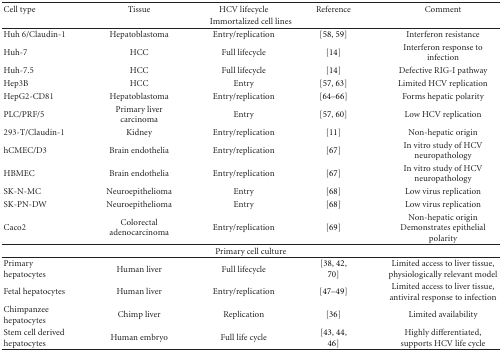
| Cell type | Tissue | HCV lifecycle | Reference | Comment |
 | <COLSPAN=5> Immortalized cell lines |
 | --- | --- | --- | --- | --- |
 | Huh 6/Claudin-1 | Hepatoblastoma | Entry/replication | [58, 59] | Interferon resistance |
 | Huh-7 | HCC | Full lifecycle | [14] | Interferon response to infection |
 | Huh-7.5 | HCC | Full lifecycle | [14] | Defective RIG-I pathway |
 | Hep3B | HCC | Entry | [57, 63] | Limited HCV replication |
 | HepG2-CD81 | Hepatoblastoma | Entry/replication | [64–66] | Forms hepatic polarity |
 | PLC/PRF/5 | Primary liver carcinoma | Entry | [57, 60] | Low HCV replication |
 | 293-T/Claudin-1 | Kidney | Entry/replication | [11] | Non-hepatic origin |
 | hCMEC/D3 | Brain endothelia | Entry/replication | [67] | In vitro study of HCV neuropathology |
 | HBMEC | Brain endothelia | Entry/replication | [67] | In vitro study of HCV neuropathology |
 | SK-N-MC | Neuroepithelioma | Entry | [68] | Low virus replication |
 | SK-PN-DW | Neuroepithelioma | Entry | [68] | Low virus replication |
 | Caco2 | Colorectal adenocarcinoma | Entry/replication | [69] | Non-hepatic origin Demonstrates epithelial polarity |
 | <COLSPAN=5> Primary cell culture |
 | Primary hepatocytes | Human liver | Full lifecycle | [38, 42, 70] | Limited access to liver tissue, physiologically relevant model |
 | Fetal hepatocytes | Human liver | Entry/replication | [47–49] | Limited access to liver tissue, antiviral response to infection |
 | Chimpanzee hepatocytes | Chimp liver | Replication | [36] | Limited availability |
 | Stem cell derived hepatocytes | Human embryo | Full life cycle | [43, 44, 46] | Highly differentiated, supports HCV life cycle |